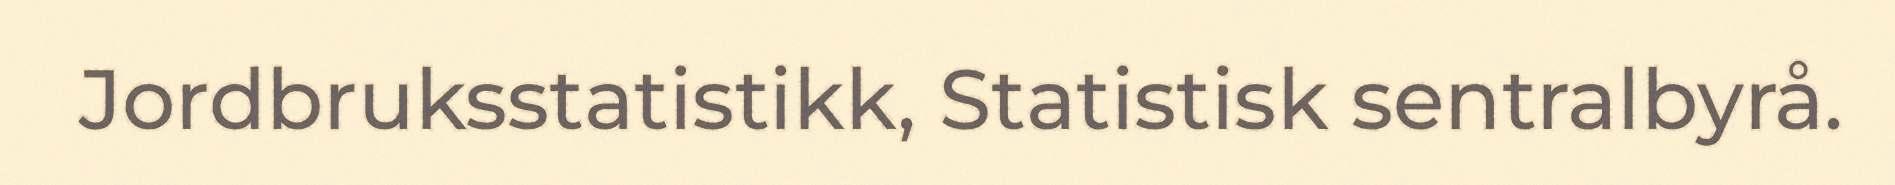
Jordbruksstatistikk, Statistisk sentralbyrå.